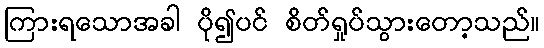
ကြားရသောအခါ ပို၍ပင် စိတ်ရှုပ်သွားတော့သည်။